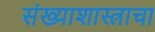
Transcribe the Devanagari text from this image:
संख्याशास्त्राचा